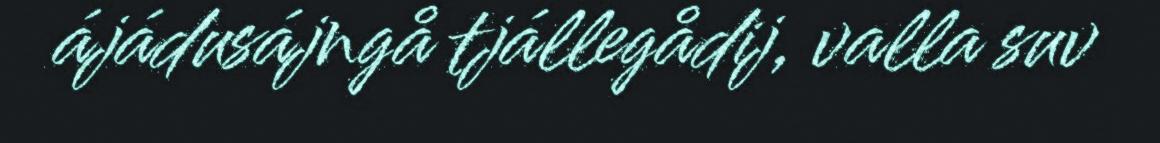
ájádusájngå tjállegådij, valla suv